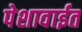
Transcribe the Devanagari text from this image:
पेशावाईत